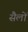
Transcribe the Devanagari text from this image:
सैलों